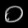
Digit: ၀